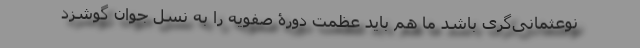
نوعثمانی‌گری باشد ما هم باید عظمت دورۀ صفویه را به نسل جوان گوشزد